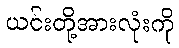
ယင်းတို့အားလုံးကို